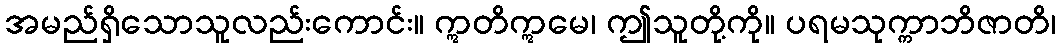
အမည်ရှိသောသူလည်းကောင်း။ ဣတိဣမေ၊ ဤသူတို့ကို။ ပရမသုက္ကာဘိဇာတိ၊